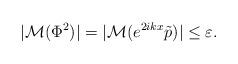
LaTeX: \begin{align*}|\mathcal M(\Phi^2)| = |\mathcal M(e^{2ikx} \tilde p)| \le \varepsilon.\end{align*}